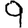
Digit: 9